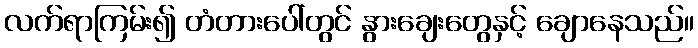
လက်ရာကြမ်း၍ တံတားပေါ်တွင် နွားချေးတွေနှင့် ချောနေသည်။